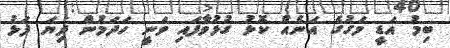
ބިމު އަޑީ މަގުގެ އަނެއް ކޮޅު ގުޅުވާފައި ވަނީ ހަދަމުން ދިޔަ ފަޅު